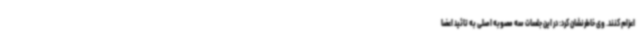
اعزام کنند. وی خاطرنشان کرد: در این جلسات سه مصوبه اصلی به تائید اعضا